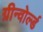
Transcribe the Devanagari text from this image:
ग्रीन्वोर्ल्ड